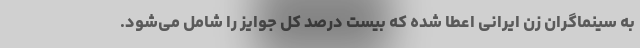
به سینماگران زن ایرانی اعطا شده که بیست درصد کل جوایز را شامل می‌شود.